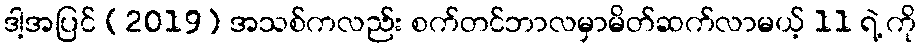
ဒါ့အပြင် (2019) အသစ်ကလည်း စက်တင်ဘာလမှာမိတ်ဆက်လာမယ့် 11 ရဲ့ ကို